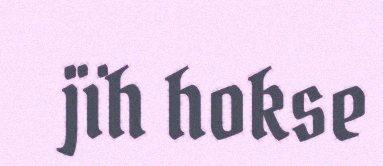
jïh hokse